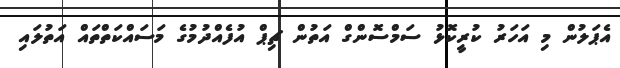
އެޕަލުން މި އަހަރު ކުރީކޮޅު ސަމްސޮންގް އަތުން ޗިޕް އުފެއްދުމުގެ މަސައްކަތްތައް އަތުލައި